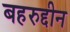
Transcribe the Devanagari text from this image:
बहरुद्दीन